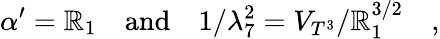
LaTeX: \alpha^{\prime}=\mathbb{R}_{1}\quad\mathrm{{and}}\quad1/\lambda_{7}^{2}=V_{T^{3}}/\mathbb{R}_{1}^{3/2}\quad,